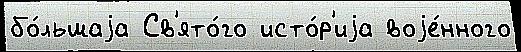
бо́льшаjа Св'ято́го исто́р'иjа воjе́нного